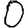
Digit: 0